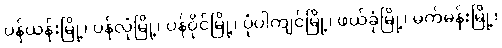
ပန်ယန်းမြို့၊ ပန်လုံမြို့၊ ပန်ဝိုင်မြို့၊ ပုံပါကျင်မြို့၊ ဖယ်ခုံမြို့၊ မက်မန်းမြို့၊